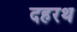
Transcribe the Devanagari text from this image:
दहरथ